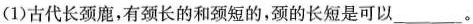
(1)古代长颈鹿，有颈长的和颈短的，颈的长短是可以___。